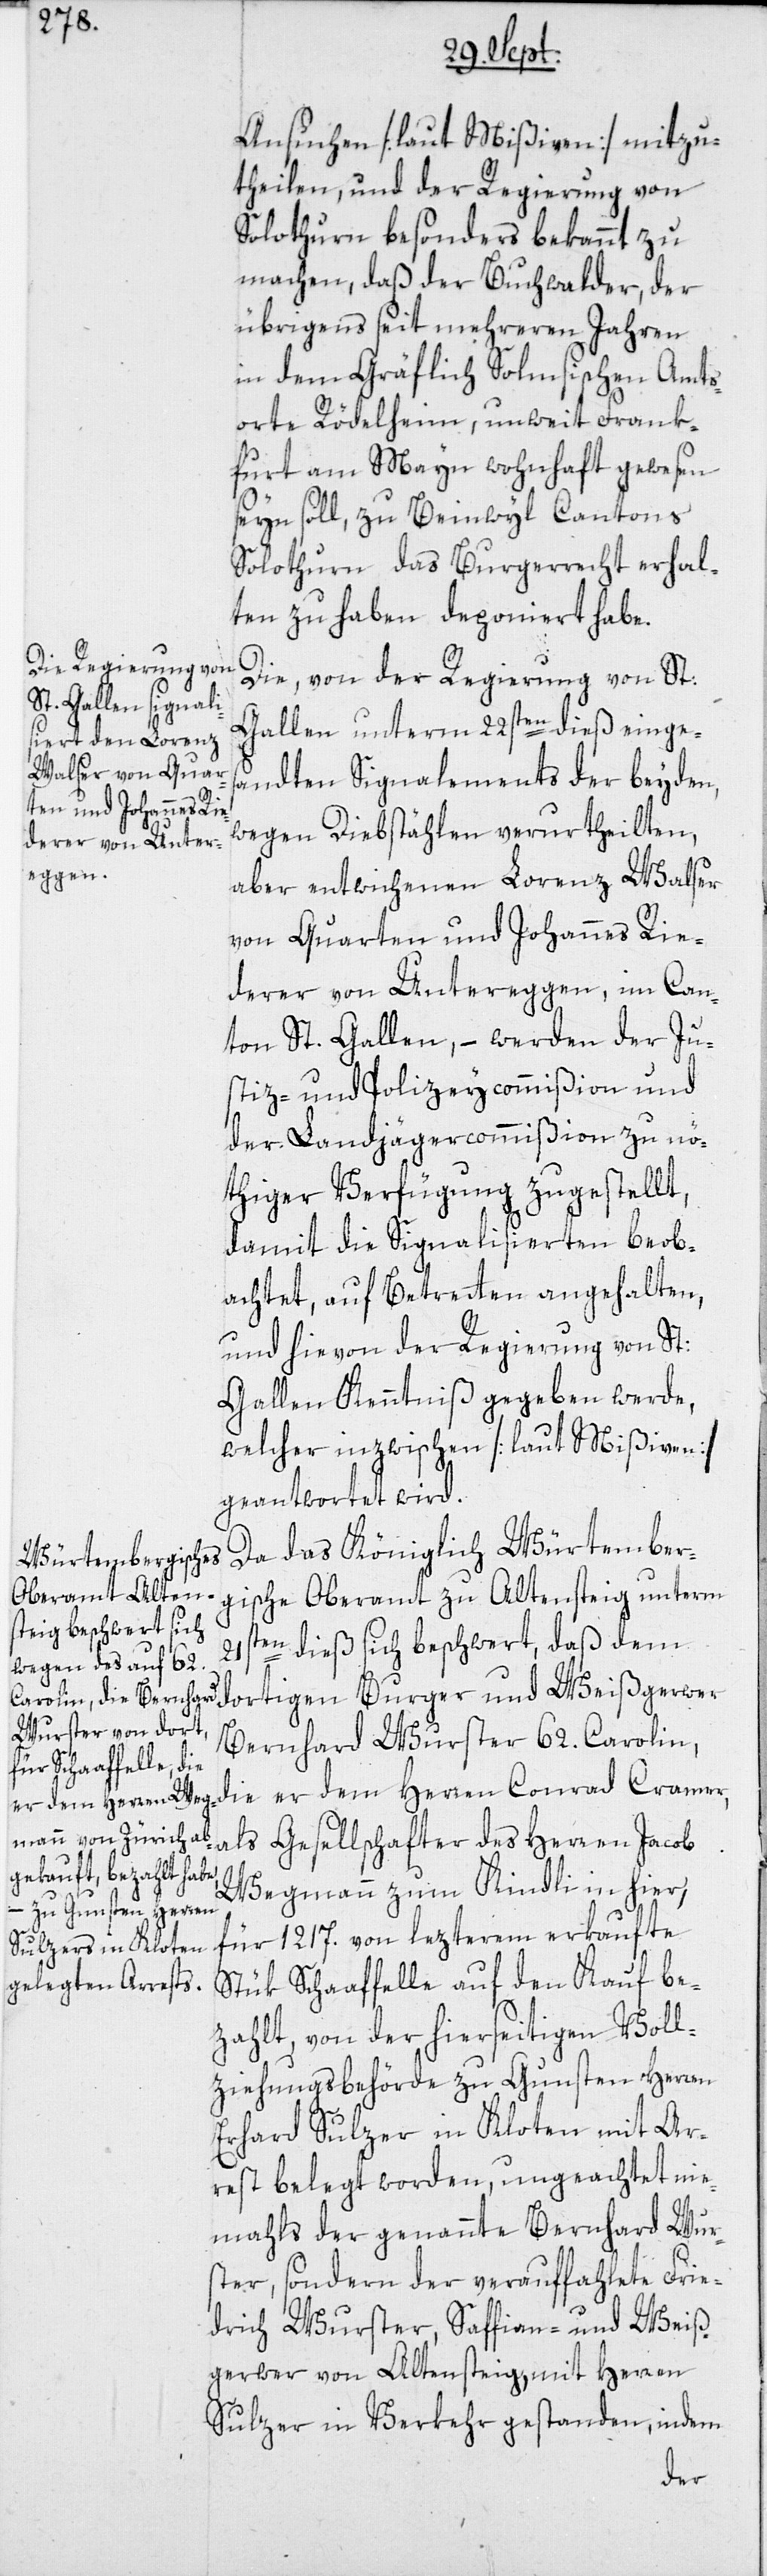
Ansuchen [laut Mißiven] mitzu¬
theilen, und der Regierung von
Solothurn besonders bekannt zu
machen, daß der Buchwalder, der
übrigens seit mehreren Jahren
in dem Gräflich Solmischen Amts¬
orte Rödelheim, unweit Frank¬
furt am Mayn wohnhaft gewesen
seyn soll, zu Beinwyl Cantons
Solothurn das Burgerrecht erhal¬
ten zu haben deponiert habe.
Die, von der Regierung von St:
Gallen unterm 22sten dieß einges¬
andten Signalements der beyden,
wegen Diebstählen verurtheilten,
aber entwichenen Lorenz Walser
von Quarten und Johannes Rie¬
derer von Untereggen, im Can¬
ton St. Gallen, – werden der Ju¬
stiz- und Polizeycommißion und
der Landjägercommißion zu nö¬
thiger Verfügung zugestellt,
damit die Signalisierten beob¬
achtet, auf Betretten angehalten,
und hievon der Regierung von St:
Gallen Kenntniß gegeben werde,
welcher inzwischen [laut Mißiven]
geantwortet wird.
Da das Königlich Würtember¬
gische Oberamt zu Altensteig unterm
21sten dieß sich beschwert, daß dem
dortigen Burger und Weißgerwer
Bernhard Wurster 62. Carolin,
die er dem Herren Conrad Cramer,
als Gesellschafter des Herren Jacob
Wegmann zum Kindli in hier,
für 1217. von lezterem erkaufte
Stük Schaaffelle auf den Kauf be¬
zahlt, von der hierseitigen Voll¬
ziehungsbehörde zu Gunsten Herren
Erhard Sulzer in Kloten mit Ar¬
rest belegt worden, ungeachtet nie¬
mahls der genannte Bernhard Wur¬
ster, sondern der verauffahlete Frie¬
drich Wurster, Saffian- und Weiß¬
gerwer von Altensteig, mit Herren
Sulzer in Verkehr gestanden, indem